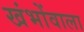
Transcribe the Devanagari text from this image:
खंभोंवाला